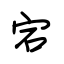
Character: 宕